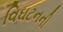
વિઘટનની